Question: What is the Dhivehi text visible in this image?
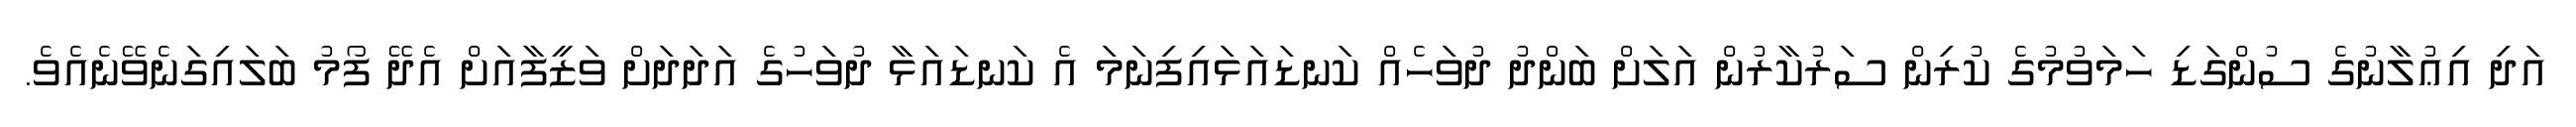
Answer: އަދި އިޢުލާނުގެ ސުންގަޑި ހަމަވުމުގެ ކުރިން ސަރުކާރުން އަލަށް ބަންދު ދުވަހެއް ކަނޑައަޅައިފިނަމަ އެ ކަނޑައަޅާ ދުވަހުގެ އަދަދަށް ވަޒީފާއަށް އެދޭ ފޯމު ބަލައިގަނެވޭނެއެވެ.